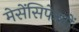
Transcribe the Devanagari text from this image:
मेसेंसिफेलों